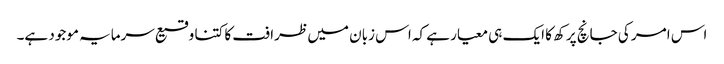
اس امر کی جانچ پرکھ کا ایک ہی معیار ہے کہ اس زبان میں ظرافت کا کتنا وقیع سرمایہ موجود ہے۔